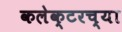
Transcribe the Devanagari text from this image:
कलेक्टरच्या